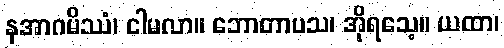
နအာဂမိဿံ၊ ငါမလာ။ ဘောတာပသ၊ အိုရသေ့။ ယထာ၊